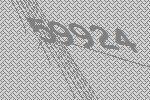
59924